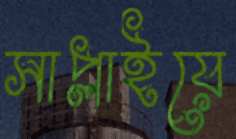
সাপ্লাইয়ে